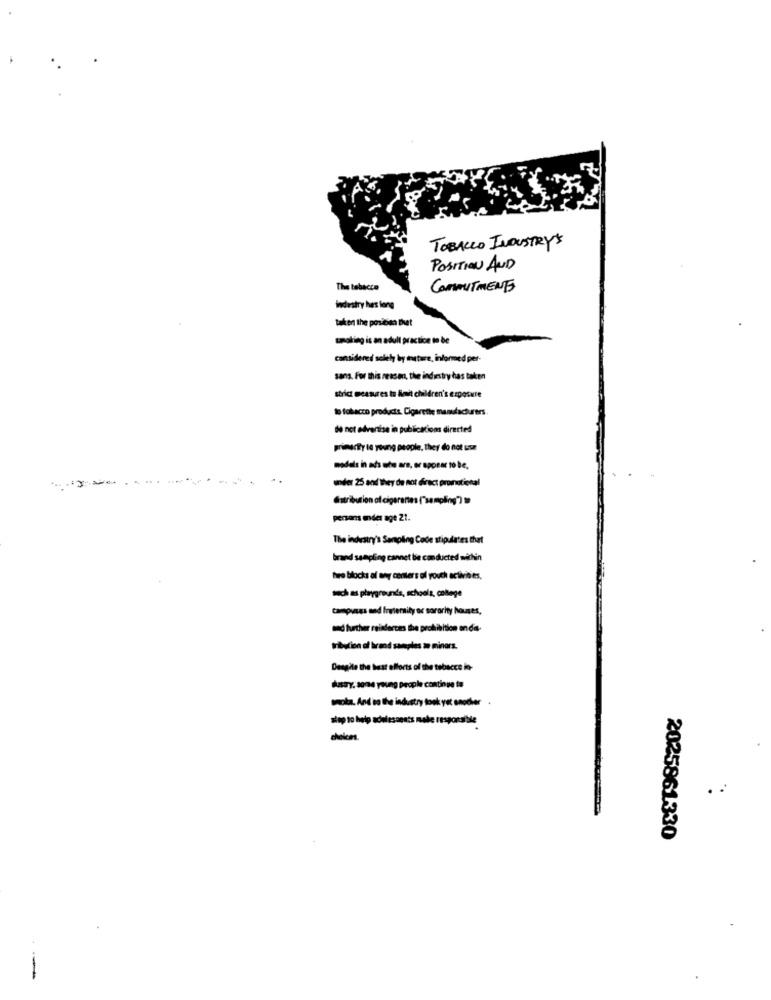
TOBALLO INDUSTRY'S
POSITION AND
The tobacco
COMMITMENTS
industry has long
taken the position Det
considered solely by mature, informed per-
sans. For this reason, the indintry has taken
strict measures to limit children's exposure
lo tobacco products. Cigarette manufacturers.
do not advertise in publications directed
primacy te young people, they do not use
models in ads stus are, or appear to be,
under 25 and they de not direct promotional
distribution of cigarantes ("sampling")
persans under age 21.
The industry's Sampling Code stipulates that
brand sampling cannet be conducted within
tre blocks of any centers al youch activities.
such as playgrounds, schools, college
campuses and fretentity or sorority houses,
med further reinforces the prohibition on da-
tribudin of brand sareples m minors.
Dengite the best efforts of the tobacco in-
dastry, aone young people continue to
mota. And ne the industry took yet unoder
stop to help adelesonsts nobe responsible
cheken.
. .
2025861330